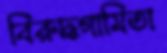
বিরুদ্ধগামিতা